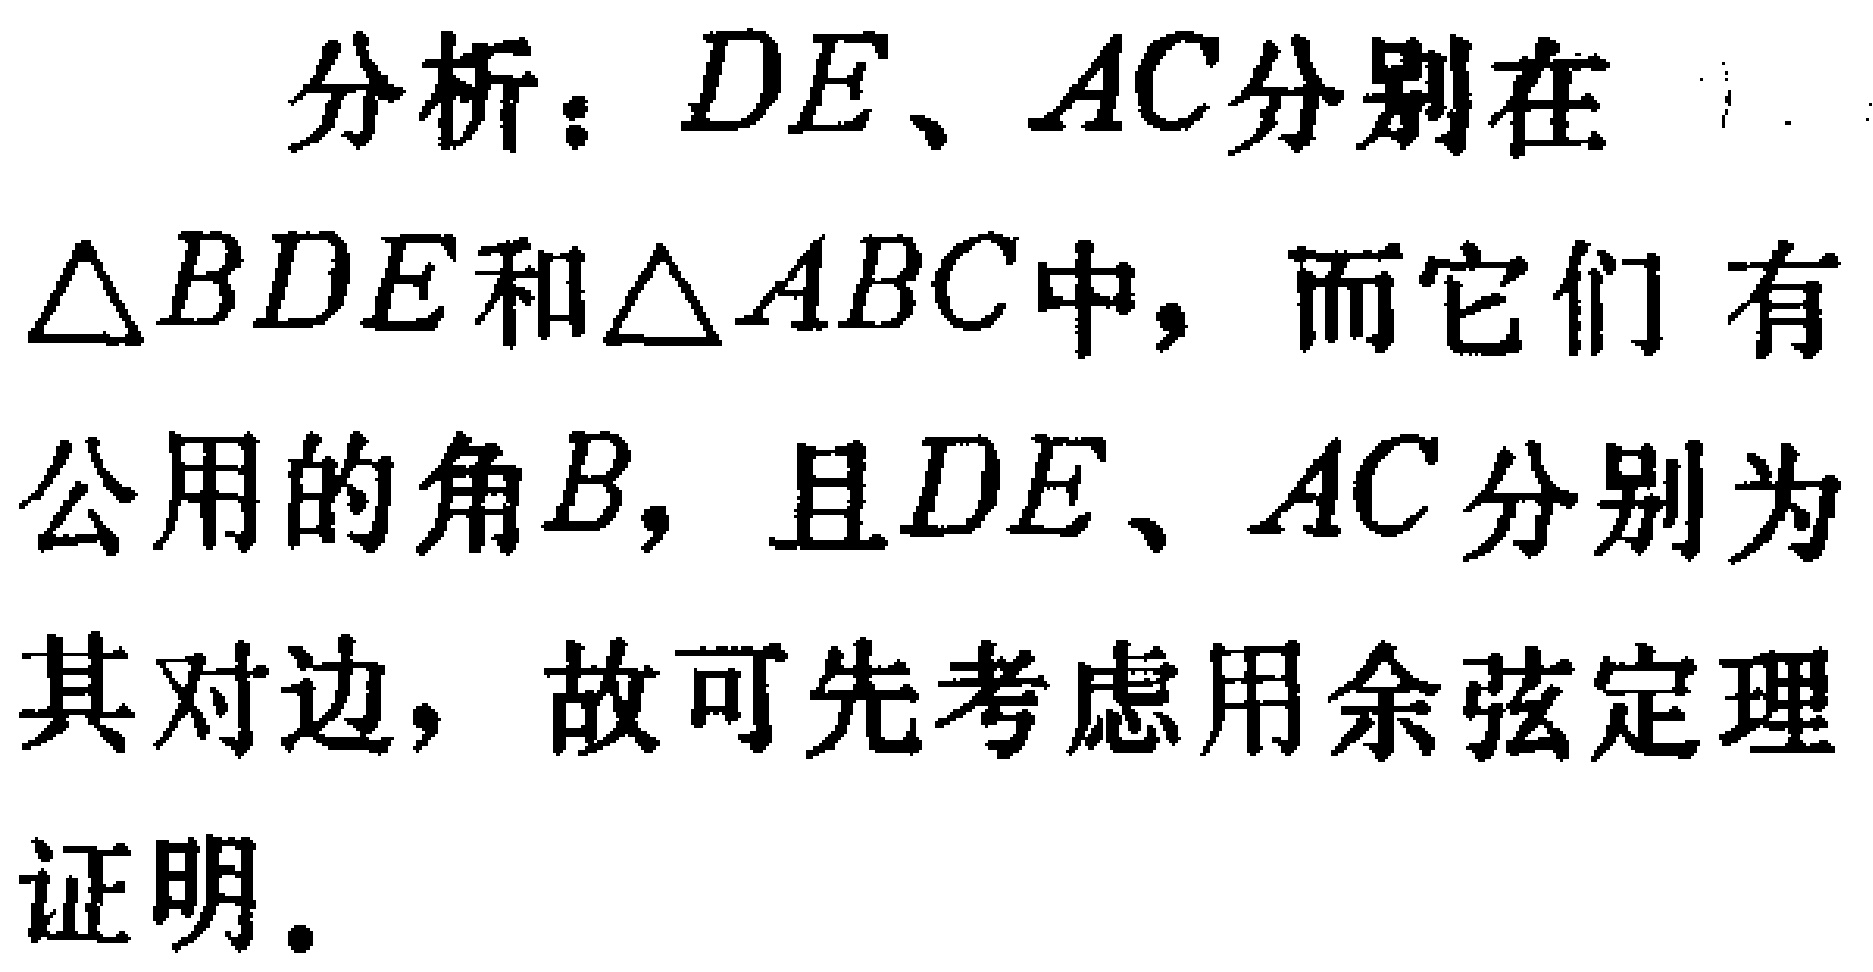
分析：$DE、AC$分别在
$\triangle BDE$和$\triangle ABC$中，而它们 有
公用的角$B$，且$DE、AC$分别为
其对边，故可先考虑用余弦定理
证明。